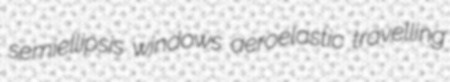
semiellipsis windows aeroelastic travelling